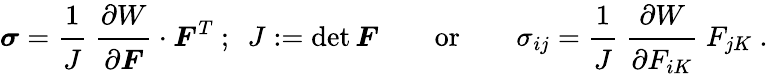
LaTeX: {\boldsymbol{\sigma}}={\cfrac{1}{J}}~{\cfrac{\partial W}{\partial{\boldsymbol{F}}}}\cdot{\boldsymbol{F}}^{T}~;~~J:=\operatorname*{det}{\boldsymbol{F}}\qquad{\mathrm{or}}\qquad\sigma_{ij}={\cfrac{1}{J}}~{\cfrac{\partial W}{\partial F_{iK}}}~F_{jK}~.